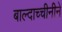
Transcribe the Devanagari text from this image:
बाल्दाच्चीनीने